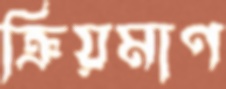
ক্রিয়মাণ